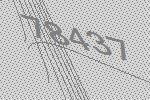
78437